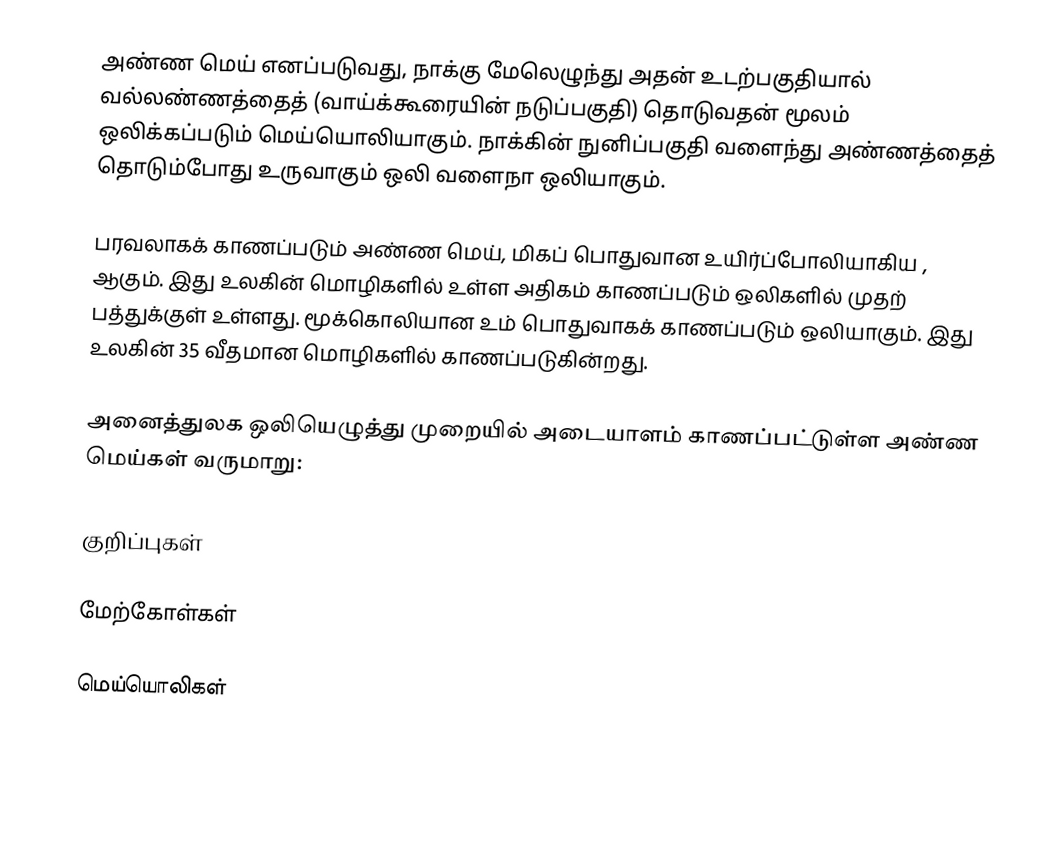
அண்ண மெய் எனப்படுவது, நாக்கு மேலெழுந்து அதன் உடற்பகுதியால் வல்லண்ணத்தைத் (வாய்க்கூரையின் நடுப்பகுதி) தொடுவதன் மூலம் ஒலிக்கப்படும் மெய்யொலியாகும். நாக்கின் நுனிப்பகுதி வளைந்து அண்ணத்தைத் தொடும்போது உருவாகும் ஒலி வளைநா ஒலியாகும்.

பரவலாகக் காணப்படும் அண்ண மெய், மிகப் பொதுவான உயிர்ப்போலியாகிய , ஆகும். இது உலகின் மொழிகளில் உள்ள அதிகம் காணப்படும் ஒலிகளில் முதற் பத்துக்குள் உள்ளது. மூக்கொலியான  உம் பொதுவாகக் காணப்படும் ஒலியாகும். இது உலகின் 35 வீதமான மொழிகளில் காணப்படுகின்றது.

அனைத்துலக ஒலியெழுத்து முறையில் அடையாளம் காணப்பட்டுள்ள அண்ண மெய்கள் வருமாறு:

குறிப்புகள்

மேற்கோள்கள்

மெய்யொலிகள்